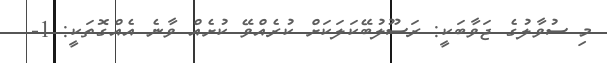
މި ސުވާލުގެ ޖަވާބަކީ: ރަސޫލުބޭކަލަކަށް ކުރެއްވޭ ކުށެއް ވާނެ އެއްގޮތަކީ: 1-